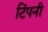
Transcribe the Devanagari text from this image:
टिंपनी